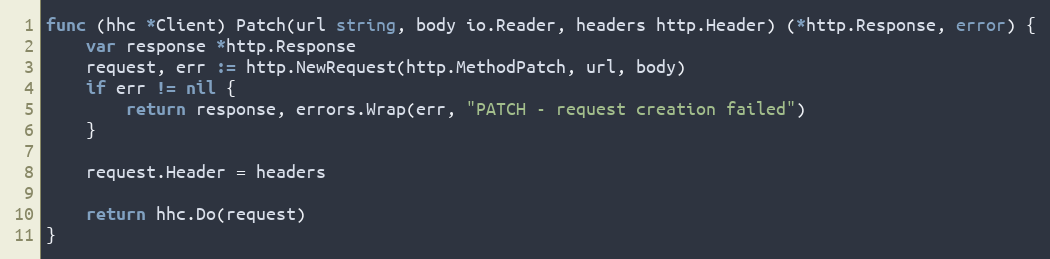
Language: Go
func (hhc *Client) Patch(url string, body io.Reader, headers http.Header) (*http.Response, error) {
	var response *http.Response
	request, err := http.NewRequest(http.MethodPatch, url, body)
	if err != nil {
		return response, errors.Wrap(err, "PATCH - request creation failed")
	}

	request.Header = headers

	return hhc.Do(request)
}